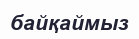
байқаймыз